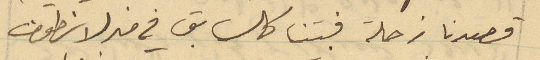
قصدنا زحلة فبتنا كالسابق في منزل انطون